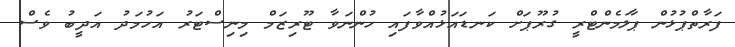
ފަރާތްޕުޅުން ޕާލަމެންޓްރީ ގުރޫޕަށް ކަނޑައަޅުއްވާފައި ހުންނަވާ ޓޫރިޒަމް މިނިސްޓަރު އަހުމަދު އަދީބު ވެސް